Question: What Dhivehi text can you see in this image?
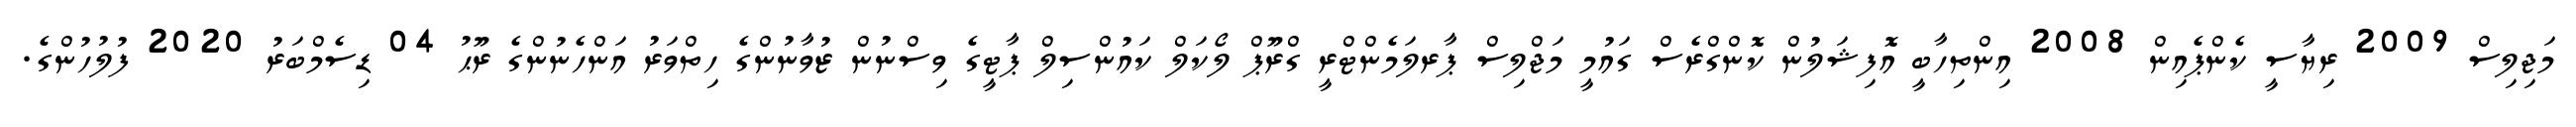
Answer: މަޖިލިސް 2009 ރިޔާސީ ކެންޕެއިން 2008 އިންތިހާބީ އޮފިޝަލުން ކޮންގްރެސް ގައުމީ މަޖްލިސް ޕާރލަމެންޓްރީ ގްރޫޕް ލޯކަލް ކައުންސިލް ޕާޓީގެ ވިސްނުން ޒުވާނުންގެ ހިތްވަރު އަންހެނުންގެ ރޫޙު 04 ޑިސެމްބަރު 2020 ފުލުހުންގެ.